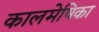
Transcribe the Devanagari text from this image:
कालमेषिका